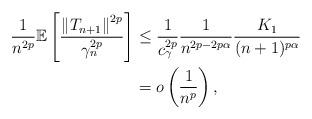
LaTeX: \begin{align*} \frac{1}{n^{2p}}\mathbb{E}\left[ \frac{\left\| T_{n+1}\right\|^{2p}}{\gamma_{n}^{2p}}\right] & \leq \frac{1}{c_{\gamma}^{2p}}\frac{1}{n^{2p -2p\alpha}}\frac{K_{1}}{(n+1)^{p\alpha}} \\& = o \left( \frac{1}{n^{p}}\right) ,\end{align*}